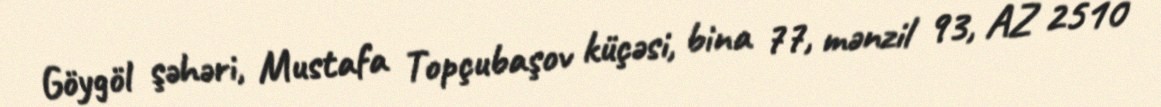
Göygöl şəhəri, Mustafa Topçubaşov küçəsi, bina 77, mənzil 93, AZ 2510